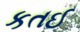
કતઈ